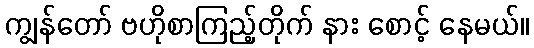
ကျွန်တော် ဗဟိုစာကြည့်တိုက် နား စောင့် နေမယ်။